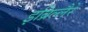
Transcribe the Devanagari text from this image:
इब्रिल्लैरे